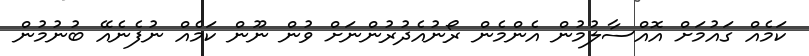
ކަމެއް ގައުމަށް އޮއްސާލުމުން އެންމެން ރޯނުއެދުރުންނަށް ވުން ނޫން ކަމެއް ނުފެނެއޭ ބުނުމުން